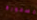
مسحورة